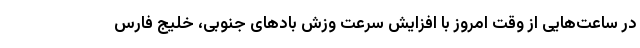
در ساعت‌هایی از وقت امروز با افزایش سرعت وزش بادهای جنوبی، خلیج فارس